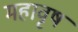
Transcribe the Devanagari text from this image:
महावृष